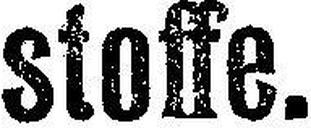
stoffe.